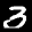
Label: 3